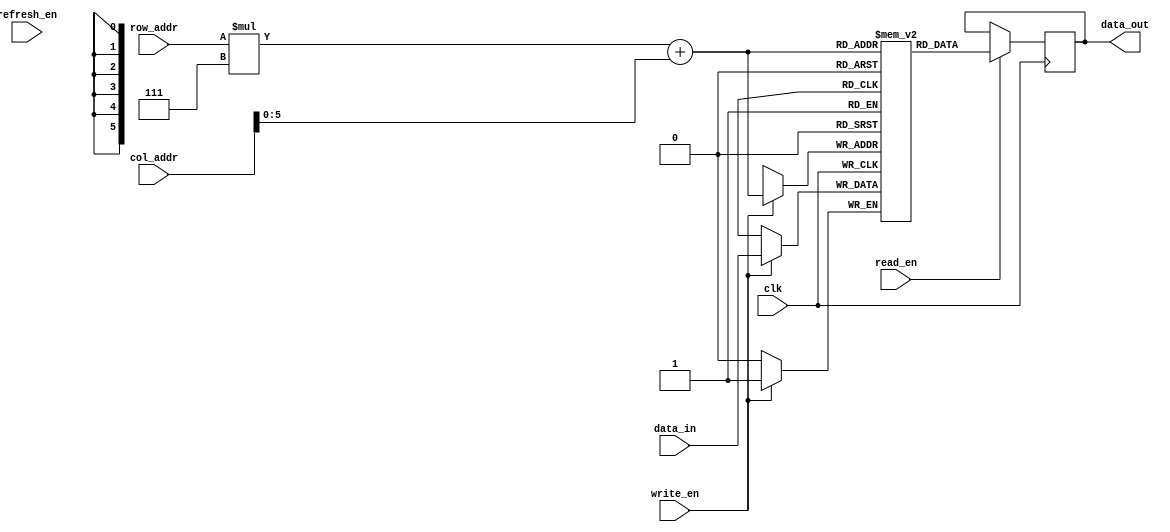
module DRAM(
  input wire clk,
  input wire [(M-1):0] row_addr,
  input wire [(N-1):0] col_addr,
  input wire write_en,
  input wire read_en,
  input wire refresh_en,
  input wire data_in,
  output reg data_out
);

parameter M = 8; // Number of rows
parameter N = 8; // Number of columns

reg [(M-1):0] selected_row;
reg [(N-1):0] selected_col;
reg [0:0] memory_array[M-1][N-1];

always @(posedge clk) begin
  if (write_en) begin
    memory_array[row_addr][col_addr] <= data_in;
  end
  
  if (read_en) begin
    data_out <= memory_array[row_addr][col_addr];
  end
  
  if (refresh_en) begin
    // Include refresh mechanism here
  end
end

endmodule